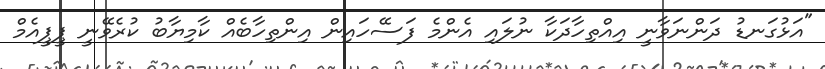
"އަޅުގަނޑު ދަންނަވާނީ އިއްތިހާދަކާ ނުލައި އެންމެ ފަސޭހައިން އިންތިހާބެއް ކާމިޔާބު ކުރެވޭނީ ޕީޕީއެމް